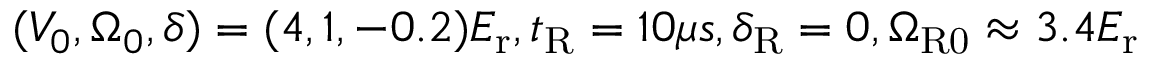
( V _ { 0 } , \Omega _ { 0 } , \delta ) = ( 4 , 1 , - 0 . 2 ) E _ { \mathrm { { r } } } , t _ { \mathrm { { R } } } = 1 0 \mu s , \delta _ { \mathrm { { R } } } = 0 , \Omega _ { \mathrm { { R 0 } } } \approx 3 . 4 E _ { \mathrm { { r } } }